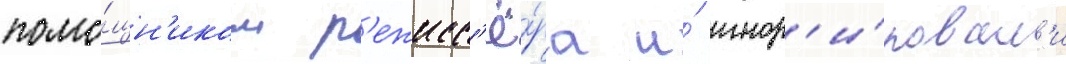
помо́щн'иком р'ежисс'ё́ра и́ игнор'и́ровал'и